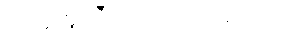
အတူတူကြီးလာတဲ့ငယ်ပေါင်း။